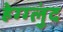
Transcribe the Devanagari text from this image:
हेग्ग्लुंद